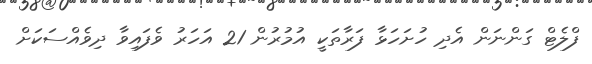
ފްލެޓް ގަންނަން އެދި ހުށަހަޅާ ފަރާތަކީ އުމުރުން 21 އަހަރު ވެފައިވާ ދިވެއްސަކަށް